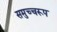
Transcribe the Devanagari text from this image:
समुच्चरूप